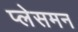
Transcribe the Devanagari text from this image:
प्लेसमन